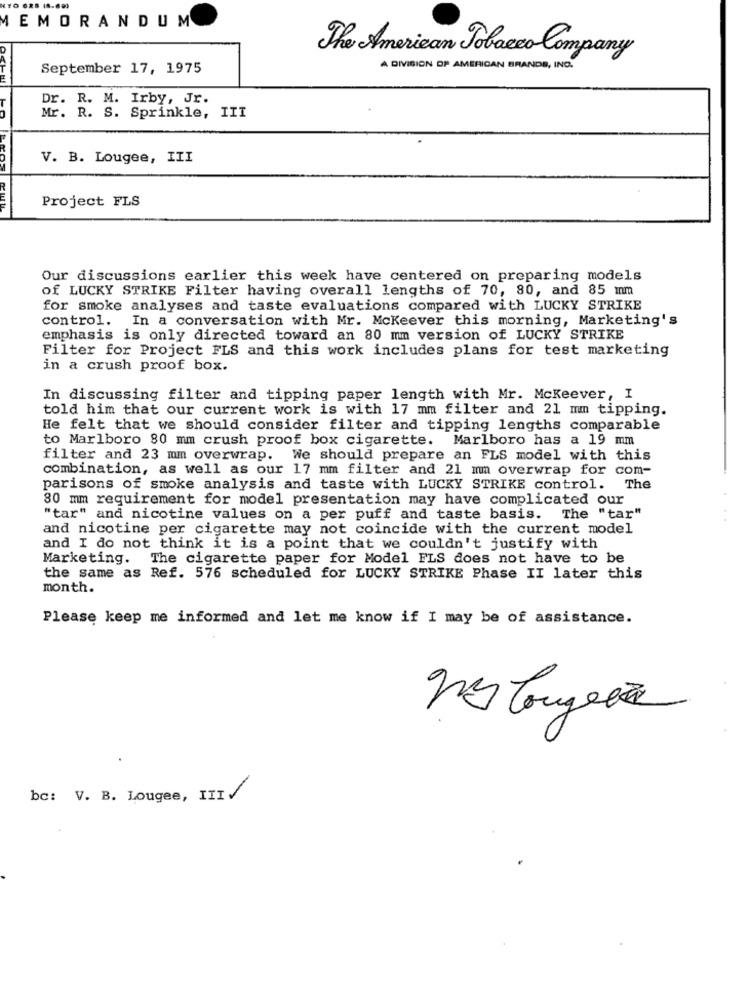
MEMORANDUM
The American Tobacco Company
September 17, 1975
A DIVISION OF AMERICAN BRANDS, INC.
Dr. R. M. Irby, Jr.
Mr. R. S. Sprinkle, III
V. B. Lougee, III
Project FLS
Our discussions earlier this week have centered on preparing models
Of LUCKY STRIKE Filter having overall lengths of 70, 80, and 85 mm
for smoke analyses and taste evaluations compared with LUCKY STRIKE
control. In a conversation with Mr. Mckeever this morning, Marketing's
emphasis is only directed toward an 80 mm version of LUCKY STRIKE
Filter for Project FLS and this work includes plans for test marketing
in a crush proof box.
In discussing filter and tipping paper length with Mr. Mckeever, I
told him that our current work is with 17 mm filter and 21 mm tipping.
He felt that we should consider filter and tipping lengths comparable
to Marlboro 80 mm crush proof box cigarette. Marlboro has a 19 mm
filter and 23 mm overwrap. We should prepare an FLS model with this
combination, as well as our 17 mm filter and 21 mm overwrap for com-
parisons of smoke analysis and taste with LUCKY STRIKE control. The
80 mm requirement for model presentation may have complicated our
"tar" and nicotine values on a per puff and taste basis. The "tar"
and nicotine per cigarette may not coincide with the current model
and I do not think it is a point that we couldn't justify with
Marketing. The cigarette paper for Model FLS does not have to be
the same as Ref. 576 scheduled for LUCKY STRIKE Phase II later this
month.
Please keep me informed and let me know if I may be of assistance.
bc: V. B. Lougee, III/